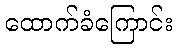
ထောက်ခံကြောင်း